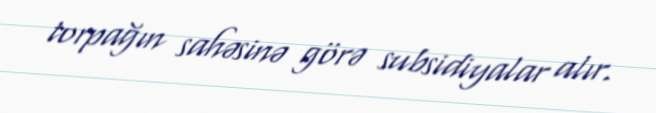
torpağın sahəsinə görə subsidiyalar alır.